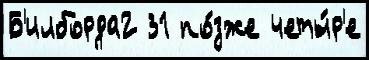
Б'илборда2 31 по́зже четы́р'е